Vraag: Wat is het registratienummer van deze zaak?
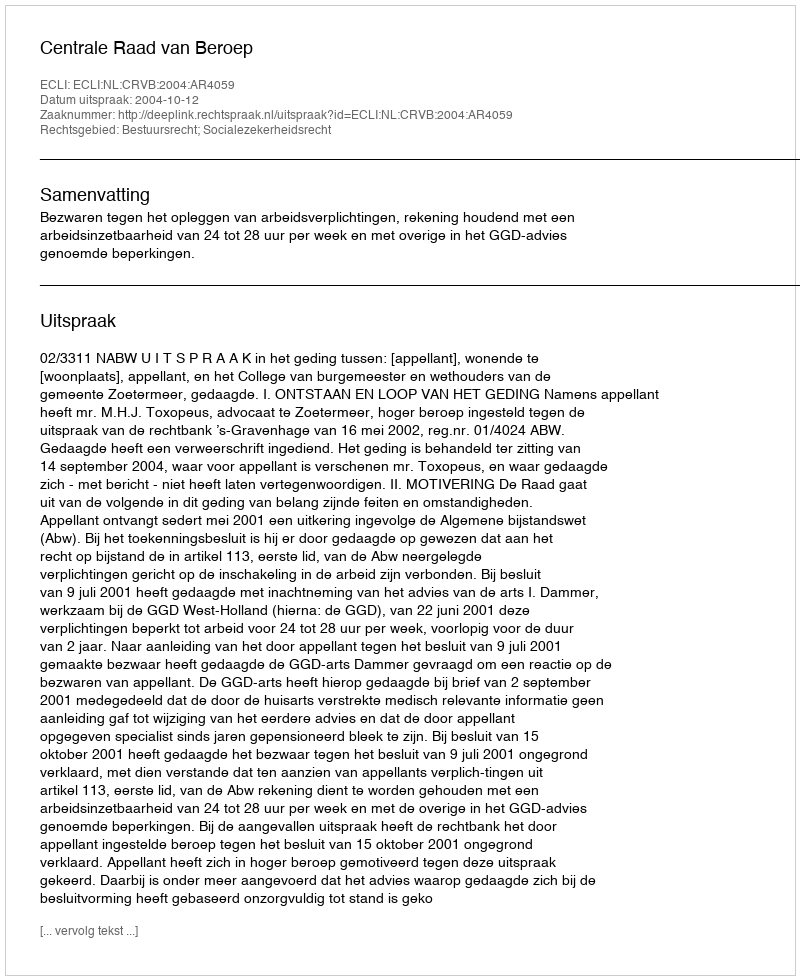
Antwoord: http://deeplink.rechtspraak.nl/uitspraak?id=ECLI:NL:CRVB:2004:AR4059